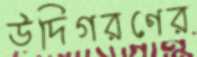
উদিগরণের